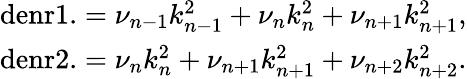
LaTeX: \begin{array}{r}{\mathrm{denr1.}=\nu_{n-1}k_{n-1}^{2}+\nu_{n}k_{n}^{2}+\nu_{n+1}k_{n+1}^{2},}\\ {\mathrm{denr2.}=\nu_{n}k_{n}^{2}+\nu_{n+1}k_{n+1}^{2}+\nu_{n+2}k_{n+2}^{2}.}\end{array}